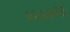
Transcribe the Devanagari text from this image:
५५५७२३